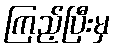
ကြည့်ပြီးမှ